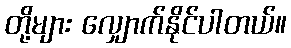
တို့များ လျှောက်နိုင်ပါတယ်။